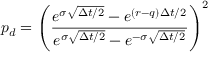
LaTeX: p _ { d } = \left( { \frac { e ^ { \sigma { \sqrt { \Delta t / 2 } } } - e ^ { ( r - q ) \Delta t / 2 } } { e ^ { \sigma { \sqrt { \Delta t / 2 } } } - e ^ { - \sigma { \sqrt { \Delta t / 2 } } } } } \right) ^ { 2 }